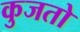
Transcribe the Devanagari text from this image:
कुजतो